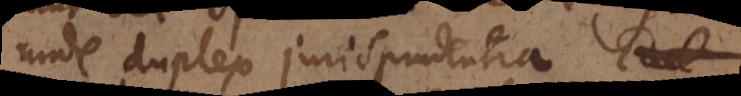
unde duplex jurisprudentia